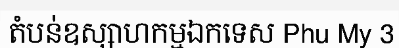
តំបន់ឧស្សាហកម្មឯកទេស Phu My 3